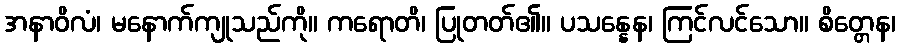
အနာဝိလံ၊ မနောက်ကျုသည်ကို။ ကရောတိ၊ ပြုတတ်၏။ ပသန္နေန၊ ကြင်လင်သော။ စိတ္တေန၊